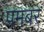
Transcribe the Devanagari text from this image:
पमबर